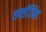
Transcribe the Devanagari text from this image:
सर्व्सज्जित